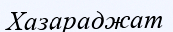
Хазараджат